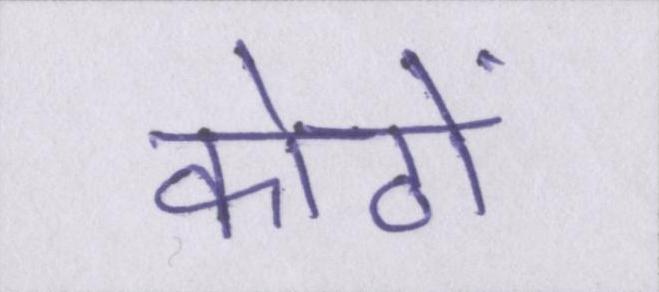
कोठों